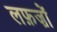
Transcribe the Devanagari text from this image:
लफ़ज़ों